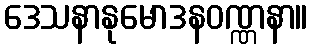
ဒေသနာနုမောဒနဝဏ္ဏနာ။